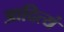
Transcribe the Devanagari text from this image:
आदित्यं